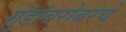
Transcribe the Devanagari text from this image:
गुंडांबरोबरचे